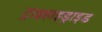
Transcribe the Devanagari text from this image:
ट्राइहाइड्राइड